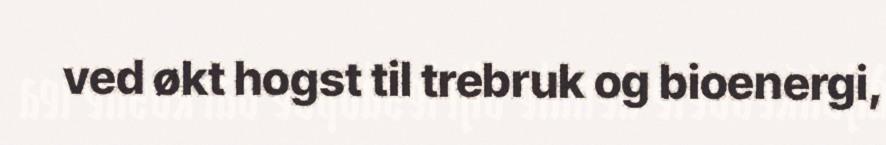
ved økt hogst til trebruk og bioenergi,